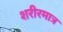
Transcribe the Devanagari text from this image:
शरीरमात्र